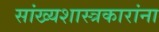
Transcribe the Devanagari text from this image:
सांख्यशास्त्रकारांना